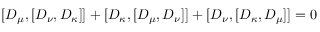
[ D _ { \mu } , [ D _ { \nu } , D _ { \kappa } ] ] + [ D _ { \kappa } , [ D _ { \mu } , D _ { \nu } ] ] + [ D _ { \nu } , [ D _ { \kappa } , D _ { \mu } ] ] = 0